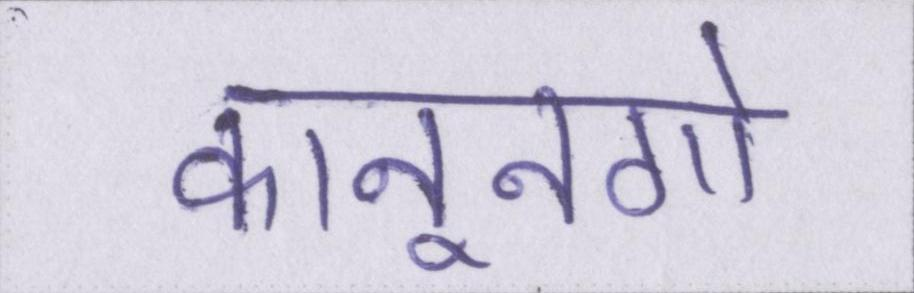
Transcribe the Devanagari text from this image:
कानूनगो